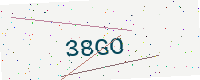
Text: 38GO